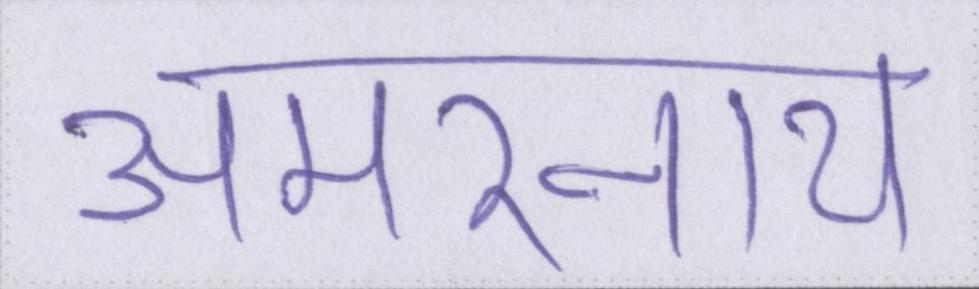
अमरनाथ